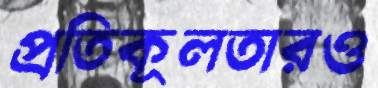
প্রতিকূলতারও